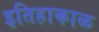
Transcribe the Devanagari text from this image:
इतिहाकाळ